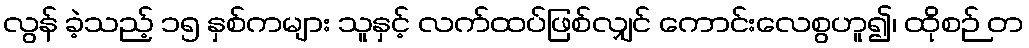
လွန် ခဲ့သည့် ၁၅ နှစ်ကများ သူနှင့် လက်ထပ်ဖြစ်လျှင် ကောင်းလေစွဟူ၍၊ ထိုစဉ် တ